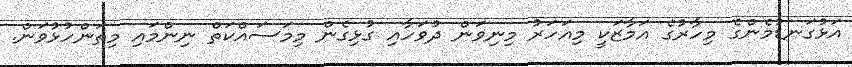
އަޅުގަނޑުމެންގެ މިހާރުގެ އަމާޒަކީ މިއަހަރު މިނިވަން ދުވަހާއި ގުޅިގެން މިމަސައްކަތް ނިންމައި މިތަންހުޅުވަން.